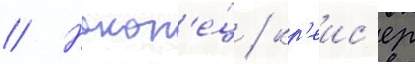
// Након'е́ц / кр'еис'ер